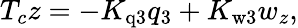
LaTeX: T_{c}z=-K_{\mathrm{q3}}q_{3}+K_{\mathrm{w3}}{w_{z}},